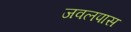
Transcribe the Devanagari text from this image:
जवलपास